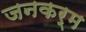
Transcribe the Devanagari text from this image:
जनकर्म